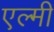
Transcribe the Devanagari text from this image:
एल्मी